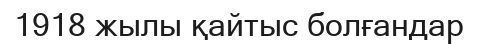
1918 жылы қайтыс болғандар